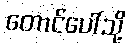
တောင်ပေါ်သို့